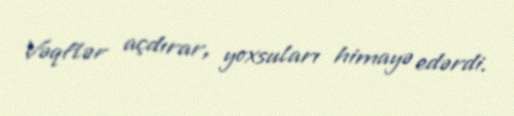
Vəqflər açdırar, yoxsuları himayə edərdi.